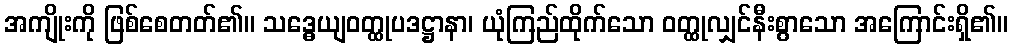
အကျိုးကို ဖြစ်စေတတ်၏။ သဒ္ဓေယျဝတ္ထုပဒဋ္ဌာနာ၊ ယုံကြည်ထိုက်သော ဝတ္ထုလျှင်နီးစွာသော အကြောင်းရှိ၏။